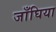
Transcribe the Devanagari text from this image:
जाँघिया